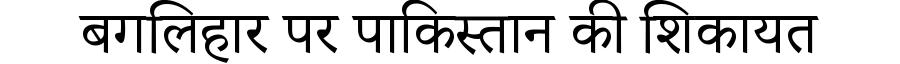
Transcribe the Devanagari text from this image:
बगलिहार पर पाकिस्तान की शिकायत